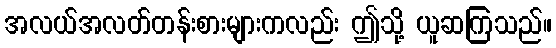
အလယ်အလတ်တန်းစားများကလည်း ဤသို့ ယူဆကြသည်။